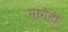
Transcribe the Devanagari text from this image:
मागेही